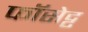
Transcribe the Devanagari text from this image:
फॉसेट्ट